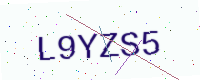
Text: L9YZS5